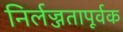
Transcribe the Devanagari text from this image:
निर्लज्जतापूर्वक